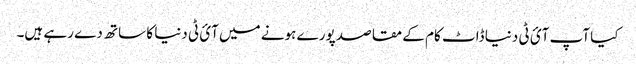
کیا آپ آئ ٹی دنیا ڈاٹ کام کے مقاصد پورے ہونے میں آئ ٹی دنیا کا ساتھ دے رہے ہیں۔